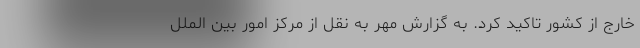
خارج از کشور تاکید کرد. به گزارش مهر به نقل از مرکز امور بین الملل